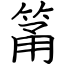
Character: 筩